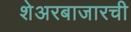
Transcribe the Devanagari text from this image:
शेअरबाजारची